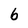
Character: 6